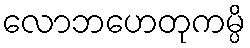
လောဘဟေတုကမ္ပိ